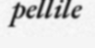
pellile